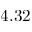
4 . 3 2